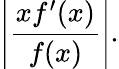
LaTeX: \left|{\frac{xf^{\prime}(x)}{f(x)}}\right|.